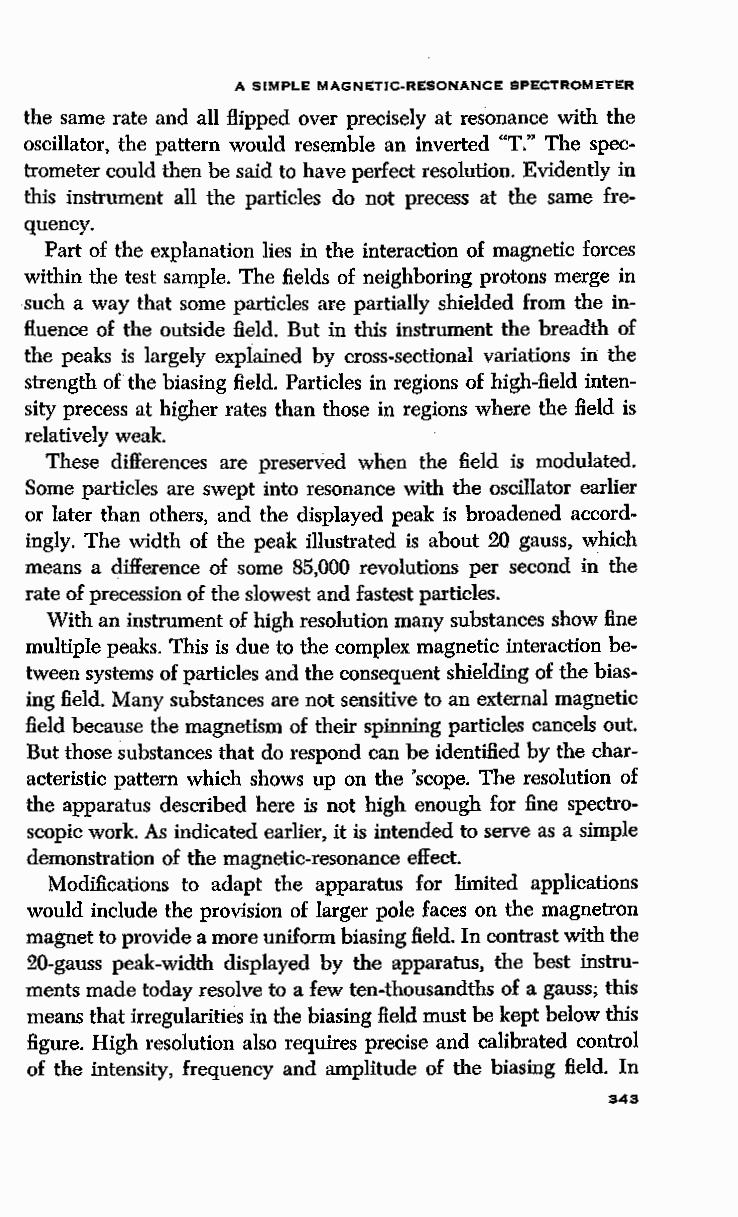
A SIMPLE MAGNETIC-RESONANCE SPECTROMETER
 the same rate and all flipped over precisely at resonance with the
 oscillator, the pattern would resemble an inverted "T." The spec
 trometer could then be said to have perfect resolution. Evidently in
 this instrument all the particles do not precess at the same fre
 quency.
 Part of the explanation lies in the interaction of magnetic forces
 within the test sample. The fields of neighboring protons merge in
 such a way that some particles are partially shielded from the in
 fluence of the outside field. But in this instrument the breadth of
 the peaks is largely explained by cross-sectional variations in the
 strength of the biasing field. Particles in regions of high-field inten
 sity precess at higher rates than those in regions where the field is
 relatively weak.
 These differences are preserVed when the field is modulated.
 Some particles are swept into resonance with the oscillator earlier
 or later than others, and the displayed peak is broadened accord
 ingly. The width of the peak illustrated is about 20 gauss, which
 means a difference of ·some 85,000 revolutions per second in the
 rate of precession of the slowest and fastest particles.
 With an instrument of high resolution many substances show fine
 multiple peaks. This is due to the complex magnetic interaction be
 tween systems of particles and the consequent shielding of the bias
 ing field. Many substances are not sensitive to an external magnetic
 field because the magnetism of their spinning particles cancels out.
 But those substances that do respond can be identified by the char
 acteristic pattern which shows up on the 'scope. The resolution of
 the apparatus described here is not high enough for fine spectro
 scopic work. As indicated earlier, it is intended to serve as a simple
 demonstration of tb.e magnetic-resonance effect.
 Modifications to adapt the apparatus for limited applications
 would include the provision of larger pole faces on the magnetron
 magnet to provide a more uniform biasing field. In contrast with the
 20-gauss peak-width displayed by the apparatus, the best instru
 ments made today resolve to a few ten-thousandths of a gauss; this
 means that irregularities in the biasing field must be kept below this
 figure. High resolution also requires precise and calibrated control
 of the intensity, frequency and amplitude of the biasing field. In
 343